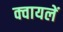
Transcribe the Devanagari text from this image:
क्वायलें